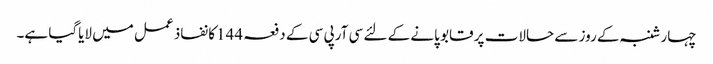
چہارشنبہ کے روز سے حالات پر قابو پانے کے لئے سی آرپی سی کے دفعہ 144کا نفاذ عمل میں لایاگیا ہے۔